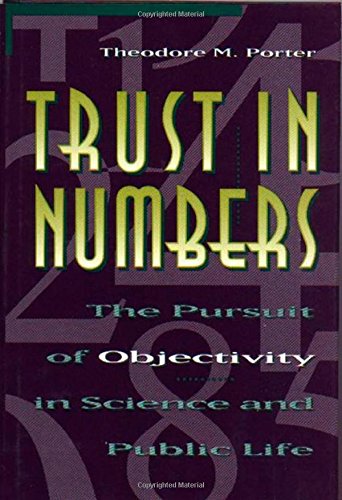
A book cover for Trust in Numbers; Theodore M. Porter; Science & Math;